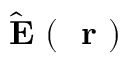
\hat { \mathrm { ~ \bf ~ E ~ } } ( \mathrm { ~ \bf ~ r ~ } )